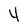
Character: 4